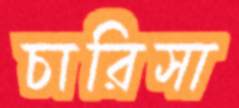
চারিসা